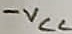
Text: -VCC